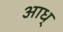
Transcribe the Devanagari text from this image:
आध्